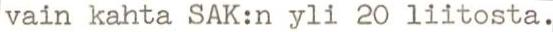
vain kahta SAK:n yli 20 liitosta.